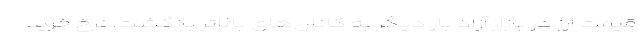
قیمت ارز در بازار آزاد بار دیگر به کانال‌های بالاتر بازگشت. نرخ خرید